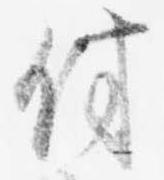
付